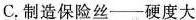
C.制造保险丝——硬度大